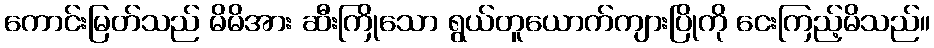
ကောင်းမြတ်သည် မိမိအား ဆီးကြိုသော ရွယ်တူယောက်ကျားပြိုကို ငေးကြည့်မိသည်။